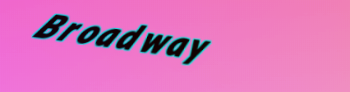
Broadway